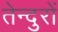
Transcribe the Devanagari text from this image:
तेन्दुरों